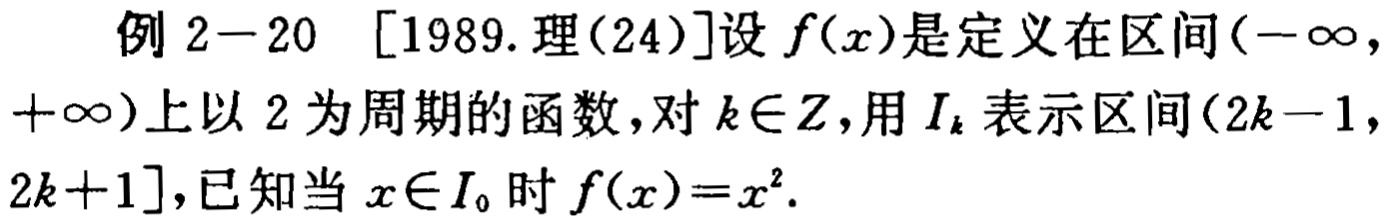
例 2-20 [1989.理(24)]设 \(f(x)\)是定义在区间\((-\infty,+\infty)\)上以 2 为周期的函数，对 \(k\in Z\)，用 \(I_{k}\)表示区间\((2k - 1,2k + 1]\)，已知当 \(x\in I_{0}\)时\(f(x)=x^{2}\).